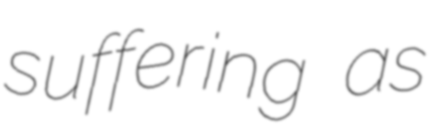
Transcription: suffering as